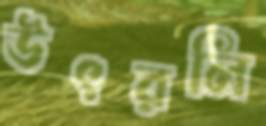
উৎরলি